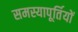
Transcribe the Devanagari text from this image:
समस्यापूर्तियों